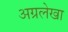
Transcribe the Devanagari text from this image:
अग्रलेखा